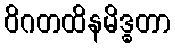
ဝိဂတထိနမိဒ္ဓတာ